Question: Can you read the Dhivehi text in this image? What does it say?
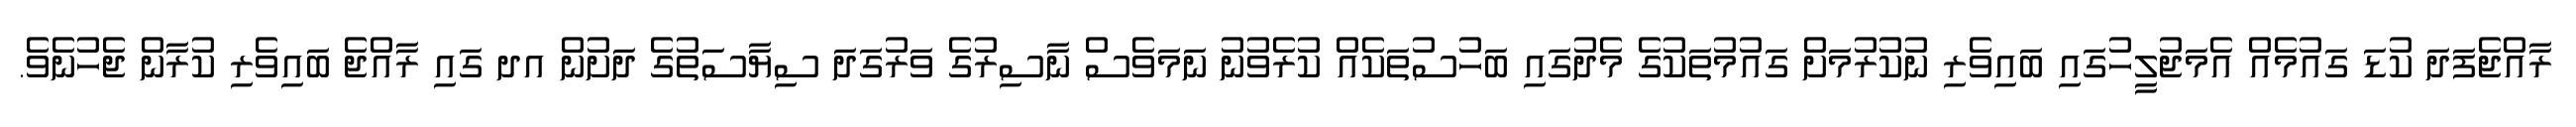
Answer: ރާއްޖެފަދަ ކުޑަ ގައުމެއް އެމަޖުލީހުގައި ބައިވެރި ނުކުރުމަށް ގައުމުތަކުގެ މެދުގައި ބަހުސުތަކެއް ކުރެވުނު ނަމަވެސް ނާސިރުގެ ވަރުގަދަ ސިޔާސަތުގެ ދަށުން އދ ގައި ރާއްޖެ ބައިވެރި ކުރާން ޖެހުނެވެ.